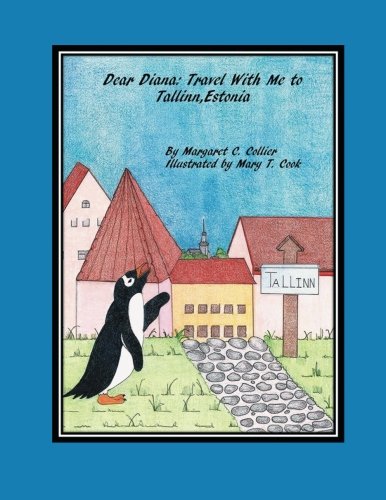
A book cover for Dear Diana: Travel with Me to Tallinn, Estonia; Margaret C. Collier; Travel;